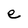
Character: e